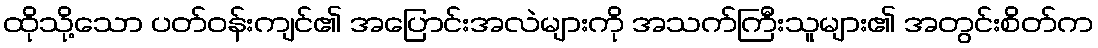
ထိုသို့သော ပတ်ဝန်းကျင်၏ အပြောင်းအလဲများကို အသက်ကြီးသူများ၏ အတွင်းစိတ်က